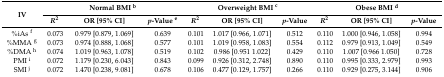
| <ROWSPAN=2> IV | <COLSPAN=3> Normal BMI b | <COLSPAN=3> Overweight BMI c | <COLSPAN=3> Obese BMI d |
 | R2 | OR [95% CI] | p-Value e | R2 | OR [95% CI] | p-Value | R2 | OR [95% CI] | p-Value |
 | --- | --- | --- | --- | --- | --- | --- | --- | --- | --- |
 | %iAs f | 0.073 | 0.979 [0.879, 1.069] | 0.639 | 0.101 | 1.017 [0.966, 1.071] | 0.512 | 0.110 | 1.000 [0.946, 1.058] | 0.994 |
 | %MMA g | 0.073 | 0.974 [0.888, 1.068] | 0.577 | 0.101 | 1.019 [0.958, 1.083] | 0.554 | 0.112 | 0.979 [0.913, 1.049] | 0.549 |
 | %DMA h | 0.074 | 1.019 [0.963, 1.078] | 0.519 | 0.102 | 0.986 [0.951 1.022] | 0.429 | 0.110 | 1.007 [0.966 1.050] | 0.728 |
 | PMI i | 0.072 | 1.179 [0.230, 6.043] | 0.843 | 0.099 | 0.926 [0.312, 2.748] | 0.890 | 0.110 | 0.995 [0.333, 2.979] | 0.993 |
 | SMI j | 0.072 | 1.470 [0.238, 9.081] | 0.678 | 0.106 | 0.477 [0.129, 1.757] | 0.266 | 0.110 | 0.929 [0.275, 3.144] | 0.906 |